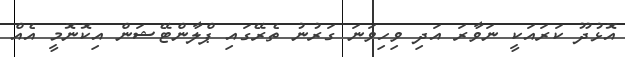
އޮޅުދޫ ކަރައަކީ ނަވާރަ އަދި ވިހިވަނަ ގަރުނު ތެރޭގައި ޕްލާންޓޭޝަން އިކޮނޮމީ އެއް